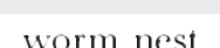
worm-nest